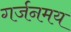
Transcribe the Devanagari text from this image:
गर्जनमय